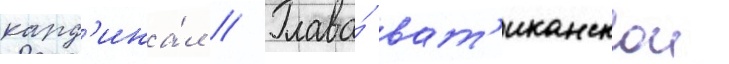
кард'ина́л // Глава́ ват'иканскои